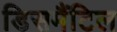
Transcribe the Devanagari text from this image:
डिसमैंटिल